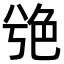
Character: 䒊